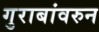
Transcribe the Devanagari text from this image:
गुराबांवरुन